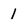
Character: 1